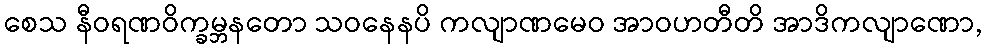
စေသ နီဝရဏဝိက္ခမ္ဘနတော သဝနေနပိ ကလျာဏမေဝ အာဝဟတီတိ အာဒိကလျာဏော,